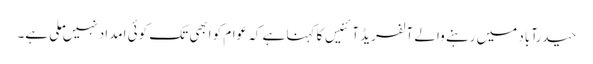
حیدرآباد میں رہنے والے آلفریڈ آئنیس کا کہنا ہے کہ عوام کو ابھی تک کوئی امداد نہیں ملی ہے۔